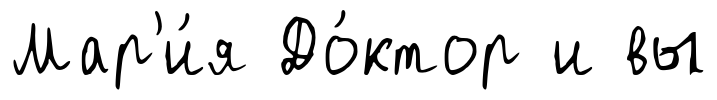
Мар'и́я До́ктор и вы